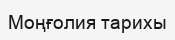
Моңғолия тарихы